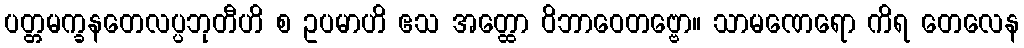
ပတ္တမက္ခနတေလပ္ပဘုတီဟိ စ ဥပမာဟိ ဧသ အတ္ထော ဝိဘာဝေတဗ္ဗော။ သာမဏေရော ကိရ တေလေန